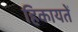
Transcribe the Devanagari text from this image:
हिकायतें